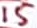
Text: 15